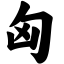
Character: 匈